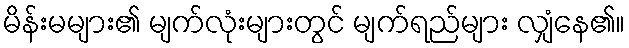
မိန်းမများ၏ မျက်လုံးများတွင် မျက်ရည်များ လျှံနေ၏။